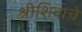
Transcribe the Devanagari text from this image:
श्रीशिवाचे